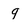
Character: 9